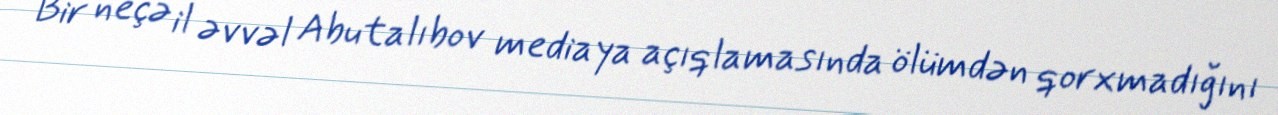
Bir neçə il əvvəl Abutalıbov mediaya açıqlamasında ölümdən qorxmadığını